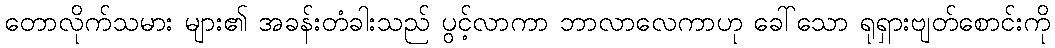
တောလိုက်သမား များ၏ အခန်းတံခါးသည် ပွင့်လာကာ ဘာလာလေကာဟု ခေါ်သော ရုရှားဗျတ်စောင်းကို